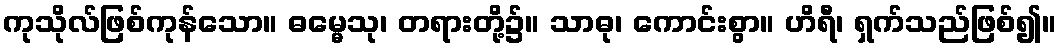
ကုသိုလ်ဖြစ်ကုန်သော။ ဓမ္မေသု၊ တရားတို့၌။ သာဓု၊ ကောင်းစွာ။ ဟိရီ၊ ရှက်သည်ဖြစ်၍။